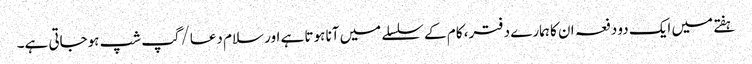
ہفتے میں ایک دو دفعہ ان کا ہمارے دفتر، کام کے سلسلے میں آنا ہوتا ہے اور سلام دعا/گپ شپ ہوجاتی ہے۔